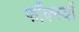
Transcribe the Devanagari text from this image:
फौंक्स्यों